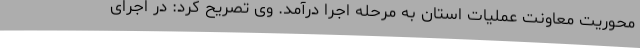
محوریت معاونت عملیات استان به مرحله اجرا درآمد. وی تصریح کرد: در اجرای